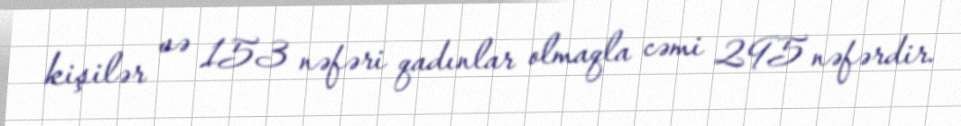
kişilər və 153 nəfəri qadınlar olmaqla cəmi 295 nəfərdir.